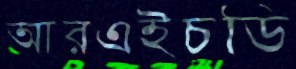
আরএইচডি